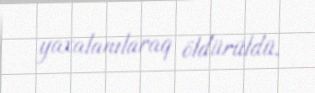
yaxalanılaraq öldürüldü.